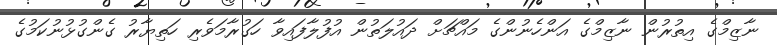
ނާޒިމްގެ އިތުރުން ނާޒިމްގެ އަންހެނުންގެ މައްޗަށް ދައުލަތުން އުފުލާފައިވާ ހަގުރާމަވެރި ހަތިޔާރު ގެންގުޅުނުކަމުގެ